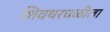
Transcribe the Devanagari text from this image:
शिवथरघळीला